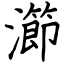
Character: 瀄